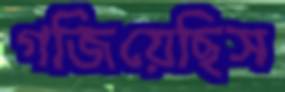
গজিয়েছিস